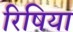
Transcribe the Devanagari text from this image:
रिषिया